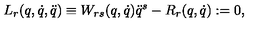
L _ { r } ( q , \dot { q } , \ddot { q } ) \equiv W _ { r s } ( q , \dot { q } ) \ddot { q } ^ { s } - R _ { r } ( q , \dot { q } ) : = 0 ,